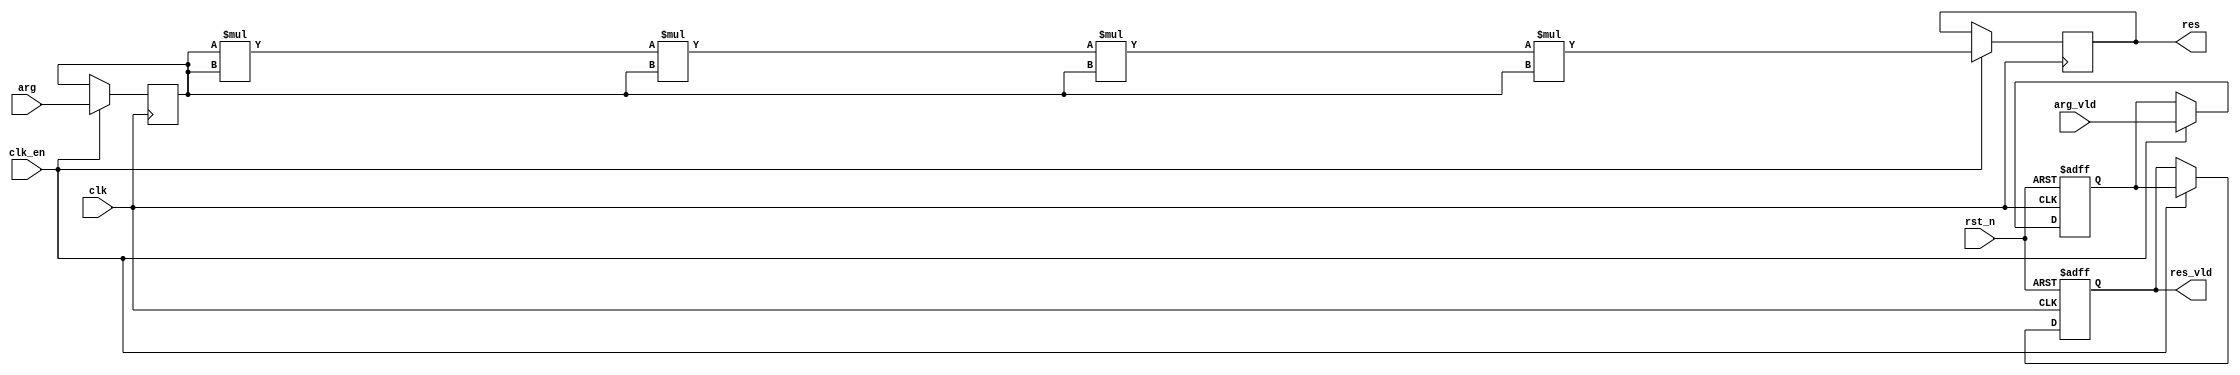
// This program was cloned from: https://github.com/RomeoMe5/DDLM
// License: MIT License

module pow_5_en_single_cycle_always
# (
    parameter w = 8
)
(
    input                clk,
    input                rst_n,
    input                clk_en,
    input                arg_vld,
    input      [w - 1:0] arg,
    output reg           res_vld,
    output reg [w - 1:0] res
);

    reg           arg_vld_q;
    reg [w - 1:0] arg_q;

    always @ (posedge clk or negedge rst_n)
        if (! rst_n)
            arg_vld_q <= 1'b0;
        else if (clk_en)
            arg_vld_q <= arg_vld;
    
    always @ (posedge clk)
        if (clk_en)
            arg_q <= arg;

    wire           res_vld_d = arg_vld_q;
    wire [w - 1:0] res_d     = arg_q  * arg_q * arg_q * arg_q * arg_q;

    always @ (posedge clk or negedge rst_n)
        if (! rst_n)
            res_vld <= 1'b0;
        else if (clk_en)
            res_vld <= res_vld_d;

    always @ (posedge clk)
        if (clk_en)
            res <= res_d;

endmodule